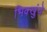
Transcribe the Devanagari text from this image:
भिक्खुंचे